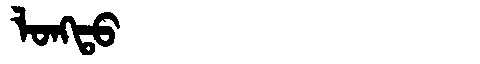
Manchu: ᠯᠣᠩᡨᠣ
Romanization: LONGTO